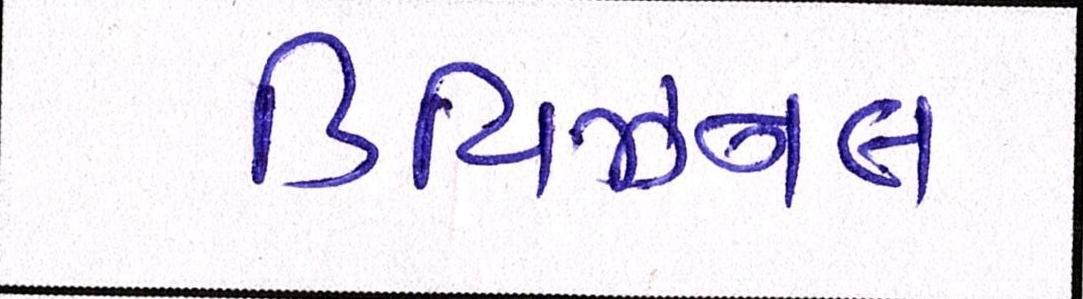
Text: ડિવિઝનલ